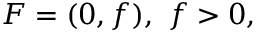
F = ( 0 , f ) , \ f > 0 ,